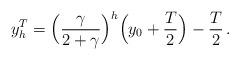
LaTeX: \begin{align*} y^T_{h} = \Bigl({\gamma\over 2+\gamma}\Bigr)^h \Bigl(y_0 + {T\over 2}\Bigr) -{T\over 2}\,.\end{align*}